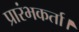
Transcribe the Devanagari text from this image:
प्रारंभकर्ता।